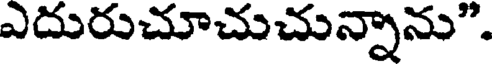
ఎదురుచూచుచున్నాను".